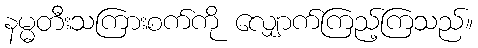
နမ္မတီးသကြားစက်ကို လျှောက်ကြည့်ကြသည်။